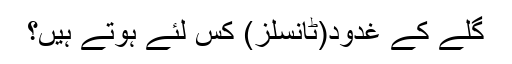
گلے کے غدود(ٹانسلز) کس لئے ہوتے ہیں؟